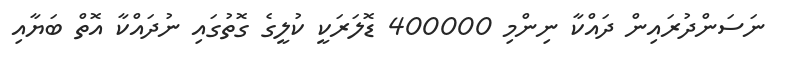
ނަސަންދުރައިން ދައްކާ ނިންމި 400000 ޑޮލަރަކީ ކުލީގެ ގޮތުގައި ނުދައްކާ އޮތް ބަޔާއި